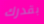
بقدرك